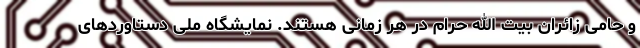
و حامی زائران بیت الله حرام در هر زمانی هستند. نمایشگاه ملی دستاوردهای